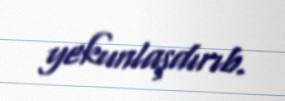
yekunlaşdırıb.